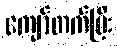
ကျော်တက်ပြီး